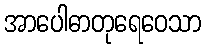
အာပေါဓာတုရေဝေသာ